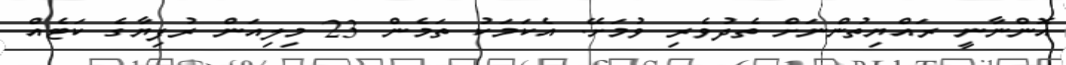
އޮންނާނީ ރައްޔިތުންނަށް ތެދުވެރި ވުމަށޭ. އެކަމަކު ތަމެން 23 މިލިއަން ރުފިޔާގެ ކަޓެއް